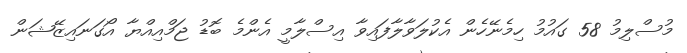
މުސްލިމު 58 ގައުމު ހިމެނޭހެން އެކުލަވާލާފައިވާ އިސްލާމީ އެންމެ ބޮޑު ޖަމްއިއްޔާ އޯގަނައިޒޭޝަން